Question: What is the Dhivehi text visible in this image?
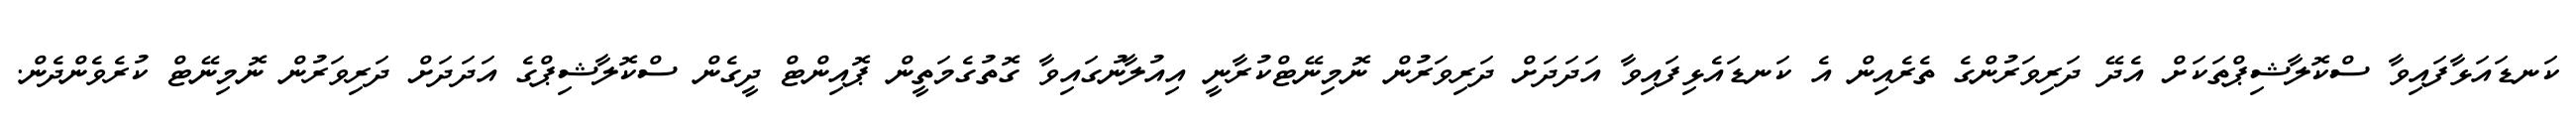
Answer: ކަނޑައަޅާފައިވާ ސްކޮލާޝިޕްތަކަށް އެދޭ ދަރިވަރުންގެ ތެރެއިން އެ ކަނޑައެޅިފައިވާ އަދަދަށް ދަރިވަރުން ނޮމިނޭޓްކުރާނީ އިއުލާނުގައިވާ ގޮތުގެމަތީން ޕޮއިންޓް ދީގެން ސްކޮލާޝިޕްގެ އަދަދަށް ދަރިވަރުން ނޮމިނޭޓް ކުރެވެންދެން.